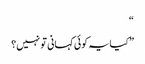
“
” کیایہ کوئی کہانی تو نہیں؟